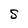
Character: S